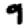
Digit: 9